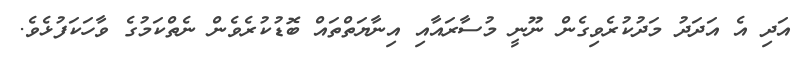
އަދި އެ އަދަދު މަދުކުރެވިގެން ނޫނީ މުސާރައާއި އިނާޔަތްތައް ބޮޑުކުރެވެން ނެތްކަމުގެ ވާހަކަފުޅެވެ.